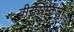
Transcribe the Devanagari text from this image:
वीरस्रिम्कला